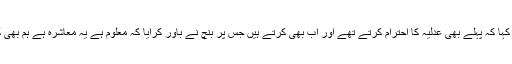
مقامی رہنما ناصر خان نے کہا کہ پہلے بھی عدلیہ کا احترام کرتے تھے اور اب بھی کرتے ہیں جس پر بنچ نے باور کرایا کہ معلوم ہے یہ معاشرہ ہے ہم بھی کسی سیارے سے نہیں آئے۔